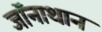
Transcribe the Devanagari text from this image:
जॉनाथान